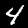
Digit: 4